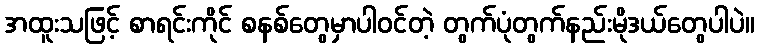
အထူးသဖြင့် စာရင်းကိုင် စနစ်တွေမှာပါဝင်တဲ့ တွက်ပုံတွက်နည်းမိုဒယ်တွေပါပဲ။